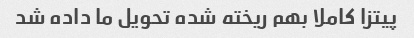
پیتزا کاملا بهم ریخته شده تحویل ما داده شد